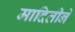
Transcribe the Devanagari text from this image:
मादितीने